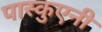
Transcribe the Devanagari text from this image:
पास्कुएनी